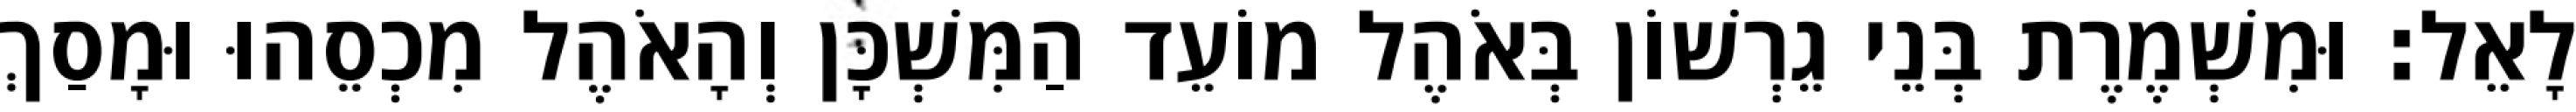
לָאֵל׃ וּמִשְׁמֶרֶת בְּנֵי גֵרְשׁוֹן בְּאֹהֶל מוֹעֵד הַמִּשְׁכָּן וְהָאֹהֶל מִכְסֵהוּ וּמָסַךְ